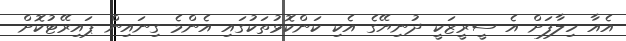
އެއާ ހިލާފަށް އެ ސީރީޒަކީ ދުނިޔޭގެ އެކި ކަންކޮޅުތަކުގައި އެންމެ ގިނައިން ޕައިރޭޓުކޮށް